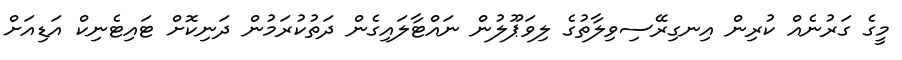
މީގެ ގަރުނެއް ކުރިން އިނގިރޭސިވިލާތުގެ ލިވަޕޫލުން ނައްޓާލައިގެން ދަތުކުރަމުން ދަނިކޮށް ޓައިޓެނިކް އަޑިއަށް